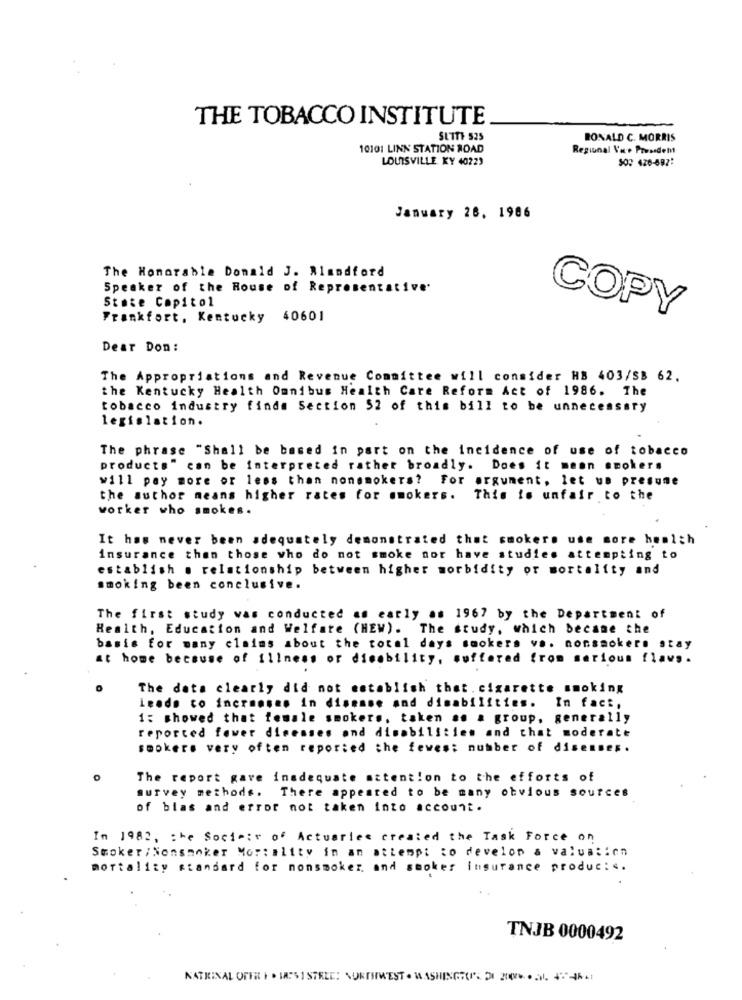
THE TOBACCO INSTITUTE
SUTTE 525
RONALD C. MORRIS
10101 LINN STATION ROAD
Regional Vue Pressdem
LOUISVILLE KY 40223
302 426-897:
January 28, 1986
The Honorable Donald J. Alandford
Speaker of the House of Representative
State Capitol
Frankfort, Kentucky 40601
COPY
Dear Don :
The Appropriations and Revenue Committee will consider HB 403/SB 62.
the Kentucky Health Omnibus Health Care Reform Act of 1986. The
tobacco industry finde Section 52 of this bill to be unnecessary
legislation.
The phrase "Shall be based in part on the incidence of use of tobacco
products" can be interpreted rather broadly. Does it mean smokers
will pay more or less than nonsmokers? For argument, let us presume
the author means higher rates for smokers.
This is unfair to the
worker who smokes.
It has never been adequately demonstrated that smokers use more health
insurance than those who do not smoke nor have studies attempting to
establish . relationship between higher morbidity or mortality and
smoking been conclusive.
The first study was conducted as early as 1967 by the Department of
Health, Education and Welfare (HEW). The study, which became the
basis for many claims about the total days smokers va. nonsmokers stay
at home because of illness or disability, suffered from serious flaws.
The data clearly did not establish that. cigarette smoking
Leads to increase. in disease and disabilities. In fact,
1: showed that female smokers, taken .. a group, generally
reported fewer dinenses ond disabilities and that moderate
smokers very often reported the fewes: number of diseases.
The report gave inadequate attention to the efforts of
survey methods.
There appeared to be many obvious sources
of bias and error not taken into account.
In 1982, the Society of Actuaries created the Task Force on
Smoker/Nonsmoker Mortality in an attempt to develop & valuation
mortality standard for nonsmoker, and smoker insurance produc: ‹.
TNJB 0000492
KATRINAL OFFRE I . IAPSI STRLE: NORTHWEST . WASHINGHOPE 2.